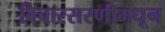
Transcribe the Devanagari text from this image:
विचारसरणीमधून